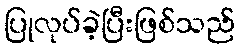
ပြုလုပ်ခဲ့ပြီးဖြစ်သည်